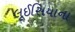
લૂઈસિયાના